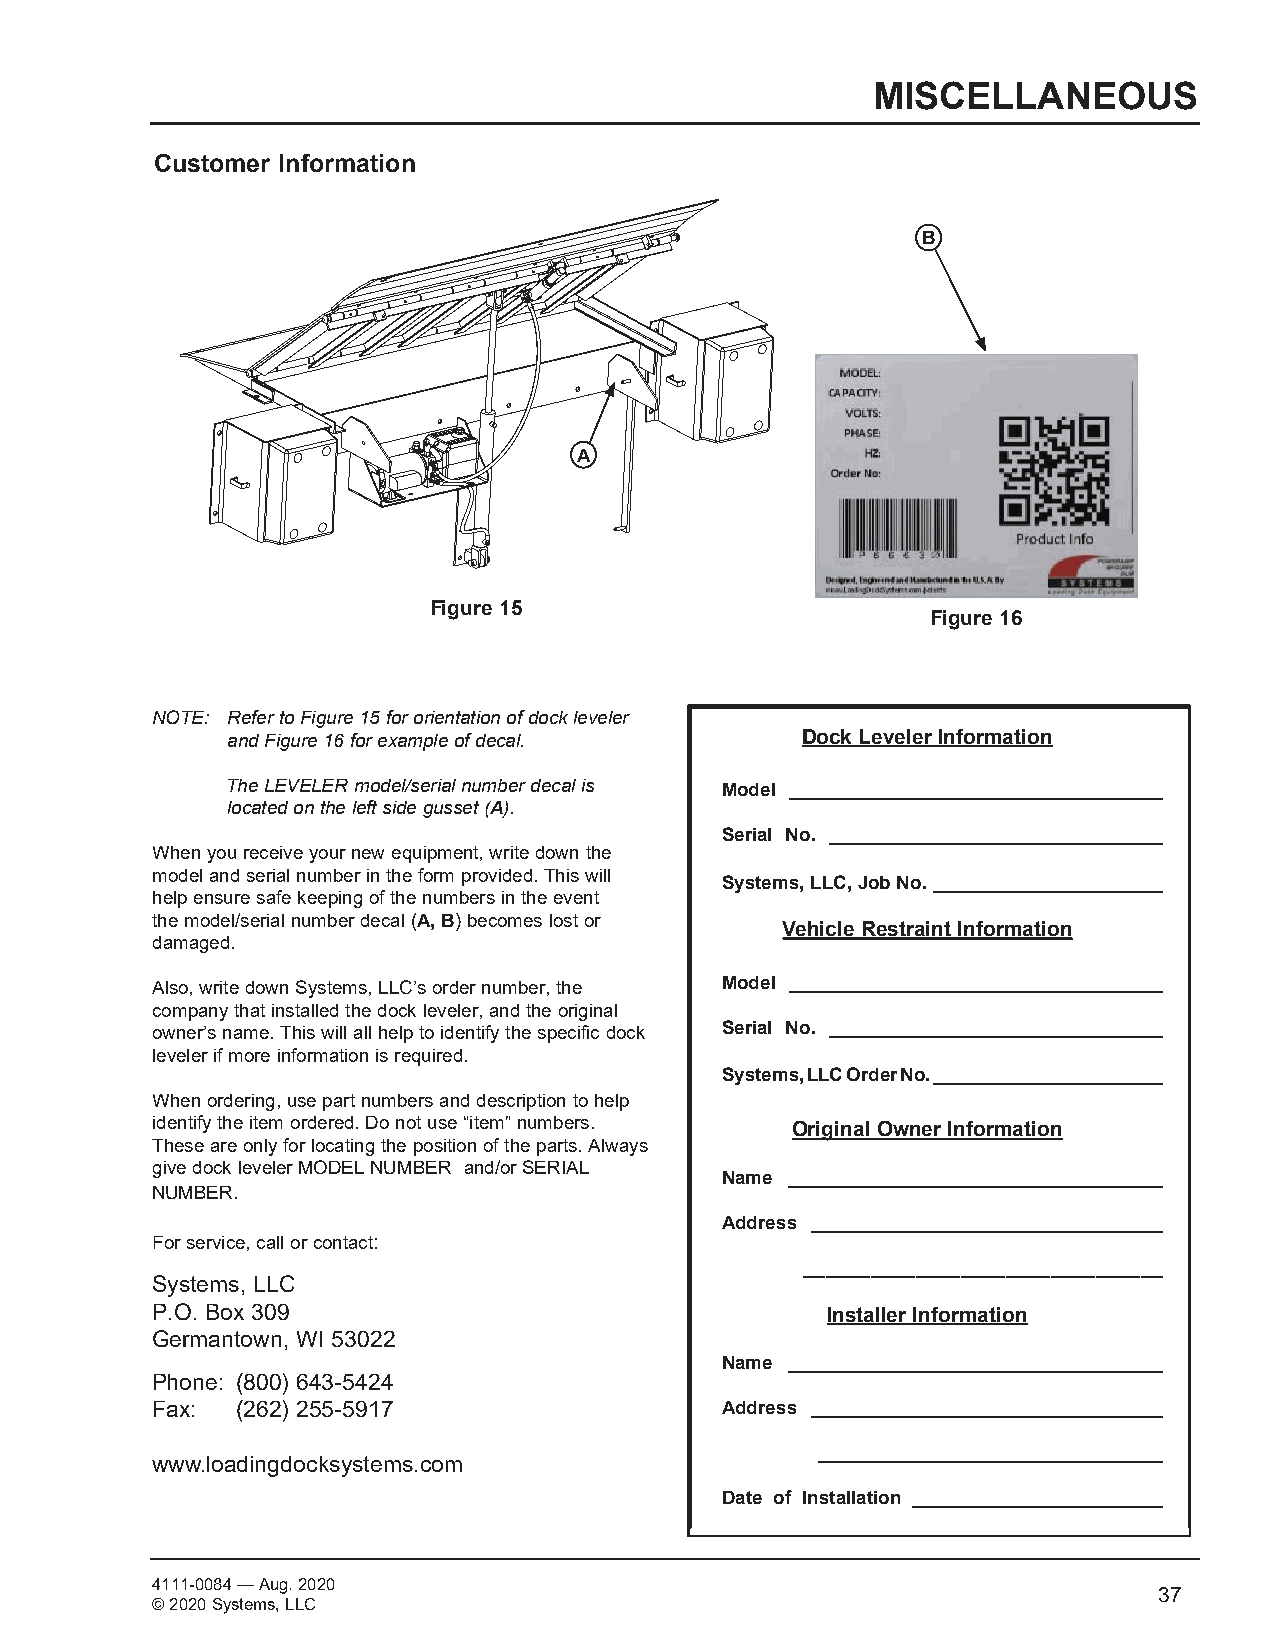
MISCELLANEOUS
 Customer Information
 B
 A
 L o a dS i n Yg DS o c T k EE q uM i pP O Sm MW C eE GR n UA D I tM L R M PE
 SM 500 DOCK LEVELER ASSEMBLY
 MATERIAL STOCK NO.
 DRAWSN tBeYveRobbinCHsECKED BY DATE9/6/2019
 Figure 15                Ts o ADF ufh cu iR( NE s h sU peA .C p. Gr 00N eainCI rnU00 tmML di0T si/LE s o A = tsIT rAh=OS iom eL nO R S aN  p: tnro: . oA uOL 0. pbf 0 ae1L eT cE 0 r tt" g: yuH 51 r rR a oe"E nf atSA eR n1 ydds W/ /oN to3 enrm2 l I ysCS s a" b,l yE eLE .Lw PCN rS oi tatsO ensnedT s arseuE iptohD rnoe ros) iezf anthttisios D n ap srpiR inrgotn pdeA roidee tbsW ay rn yao anI t r N cotiocffnlieG cv eeinry o waN rnh oyictO hhpe eSrr. myasuitstehsH moiorsniz, etLodL rCaeS gpreerontadt iunocM sf e Sa, ynpsyrti enamtn ods5 r , a mLllL apCna0 uttehfanectr teau0 ornefd. tohteh earr tricigleh tosr, ainrctilculdeisRn Egsh Veo xAwc -nl uE stChiveNer e 1r8iing-,0h 6ts6 Figure 16
 NOTE: Refer to Figure 15 for orientation of dock leveler
 and Figure 16 for example of decal.   Dock Leveler Information
 The LEVELER model/serial number decal is Model ___________________________________
 located on the left side gusset (A).
 Serial No. ________________________________
 When you receive your new equipment, write down the
 model and serial number in the form provided. This will
 Systems, LLC, Job No. ______________________
 help ensure safe keeping of the numbers in the event
 the model/serial number decal (A, B) becomes lost or
 Vehicle Restraint Information
 damaged.
 Also, write down Systems, LLC’s order number, the Model ___________________________________
 company that installed the dock leveler, and the original
 owner’s name. This will all help to identify the specific dock Serial No. ________________________________
 leveler if more information is required.
 Systems, LLC Order No. ______________________
 When ordering, use part numbers and description to help
 identify the item ordered. Do not use “item” numbers.
 Original Owner Information
 These are only for locating the position of the parts. Always
 give dock leveler MODEL NUMBER and/or SERIAL
 Name ___________________________________
 NUMBER.
 Address _________________________________
 For service, call or contact:
 ________________________________
 Systems, LLC
 P.O. Box 309                                 Installer Information
 Germantown, WI 53022
 Name ___________________________________
 Phone: (800) 643-5424
 Fax:  (262) 255-5917                  Address _________________________________
 _________________________________
 www.loadingdocksystems.com
 Date of Installation ________________________
 4111-0084 — Aug. 2020
 © 2020 Systems, LLC
 37